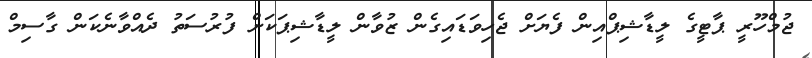
ޖުމްހޫރީ ޕާޓީގެ ލީޑާޝިޕްއިން ފެޔަށް ޖެހިވަޑައިގެން ޒުވާން ލީޑާޝިޕަކަށް ފުރުސަތު ދެއްވާނެކަން ގާސިމް